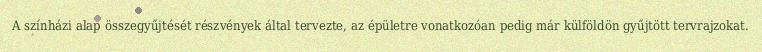
A színházi alap összegyűjtését részvények által tervezte, az épületre vonatkozóan pedig már külföldön gyűjtött tervrajzokat.